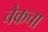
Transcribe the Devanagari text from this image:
चेकचा